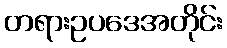
တရားဥပဒေအတိုင်း